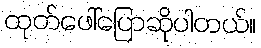
ထုတ်ဖေါ်ပြောဆိုပါတယ်။